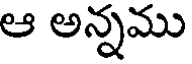
ఆ అన్నము